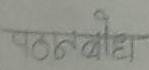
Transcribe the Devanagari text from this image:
पठनबोध